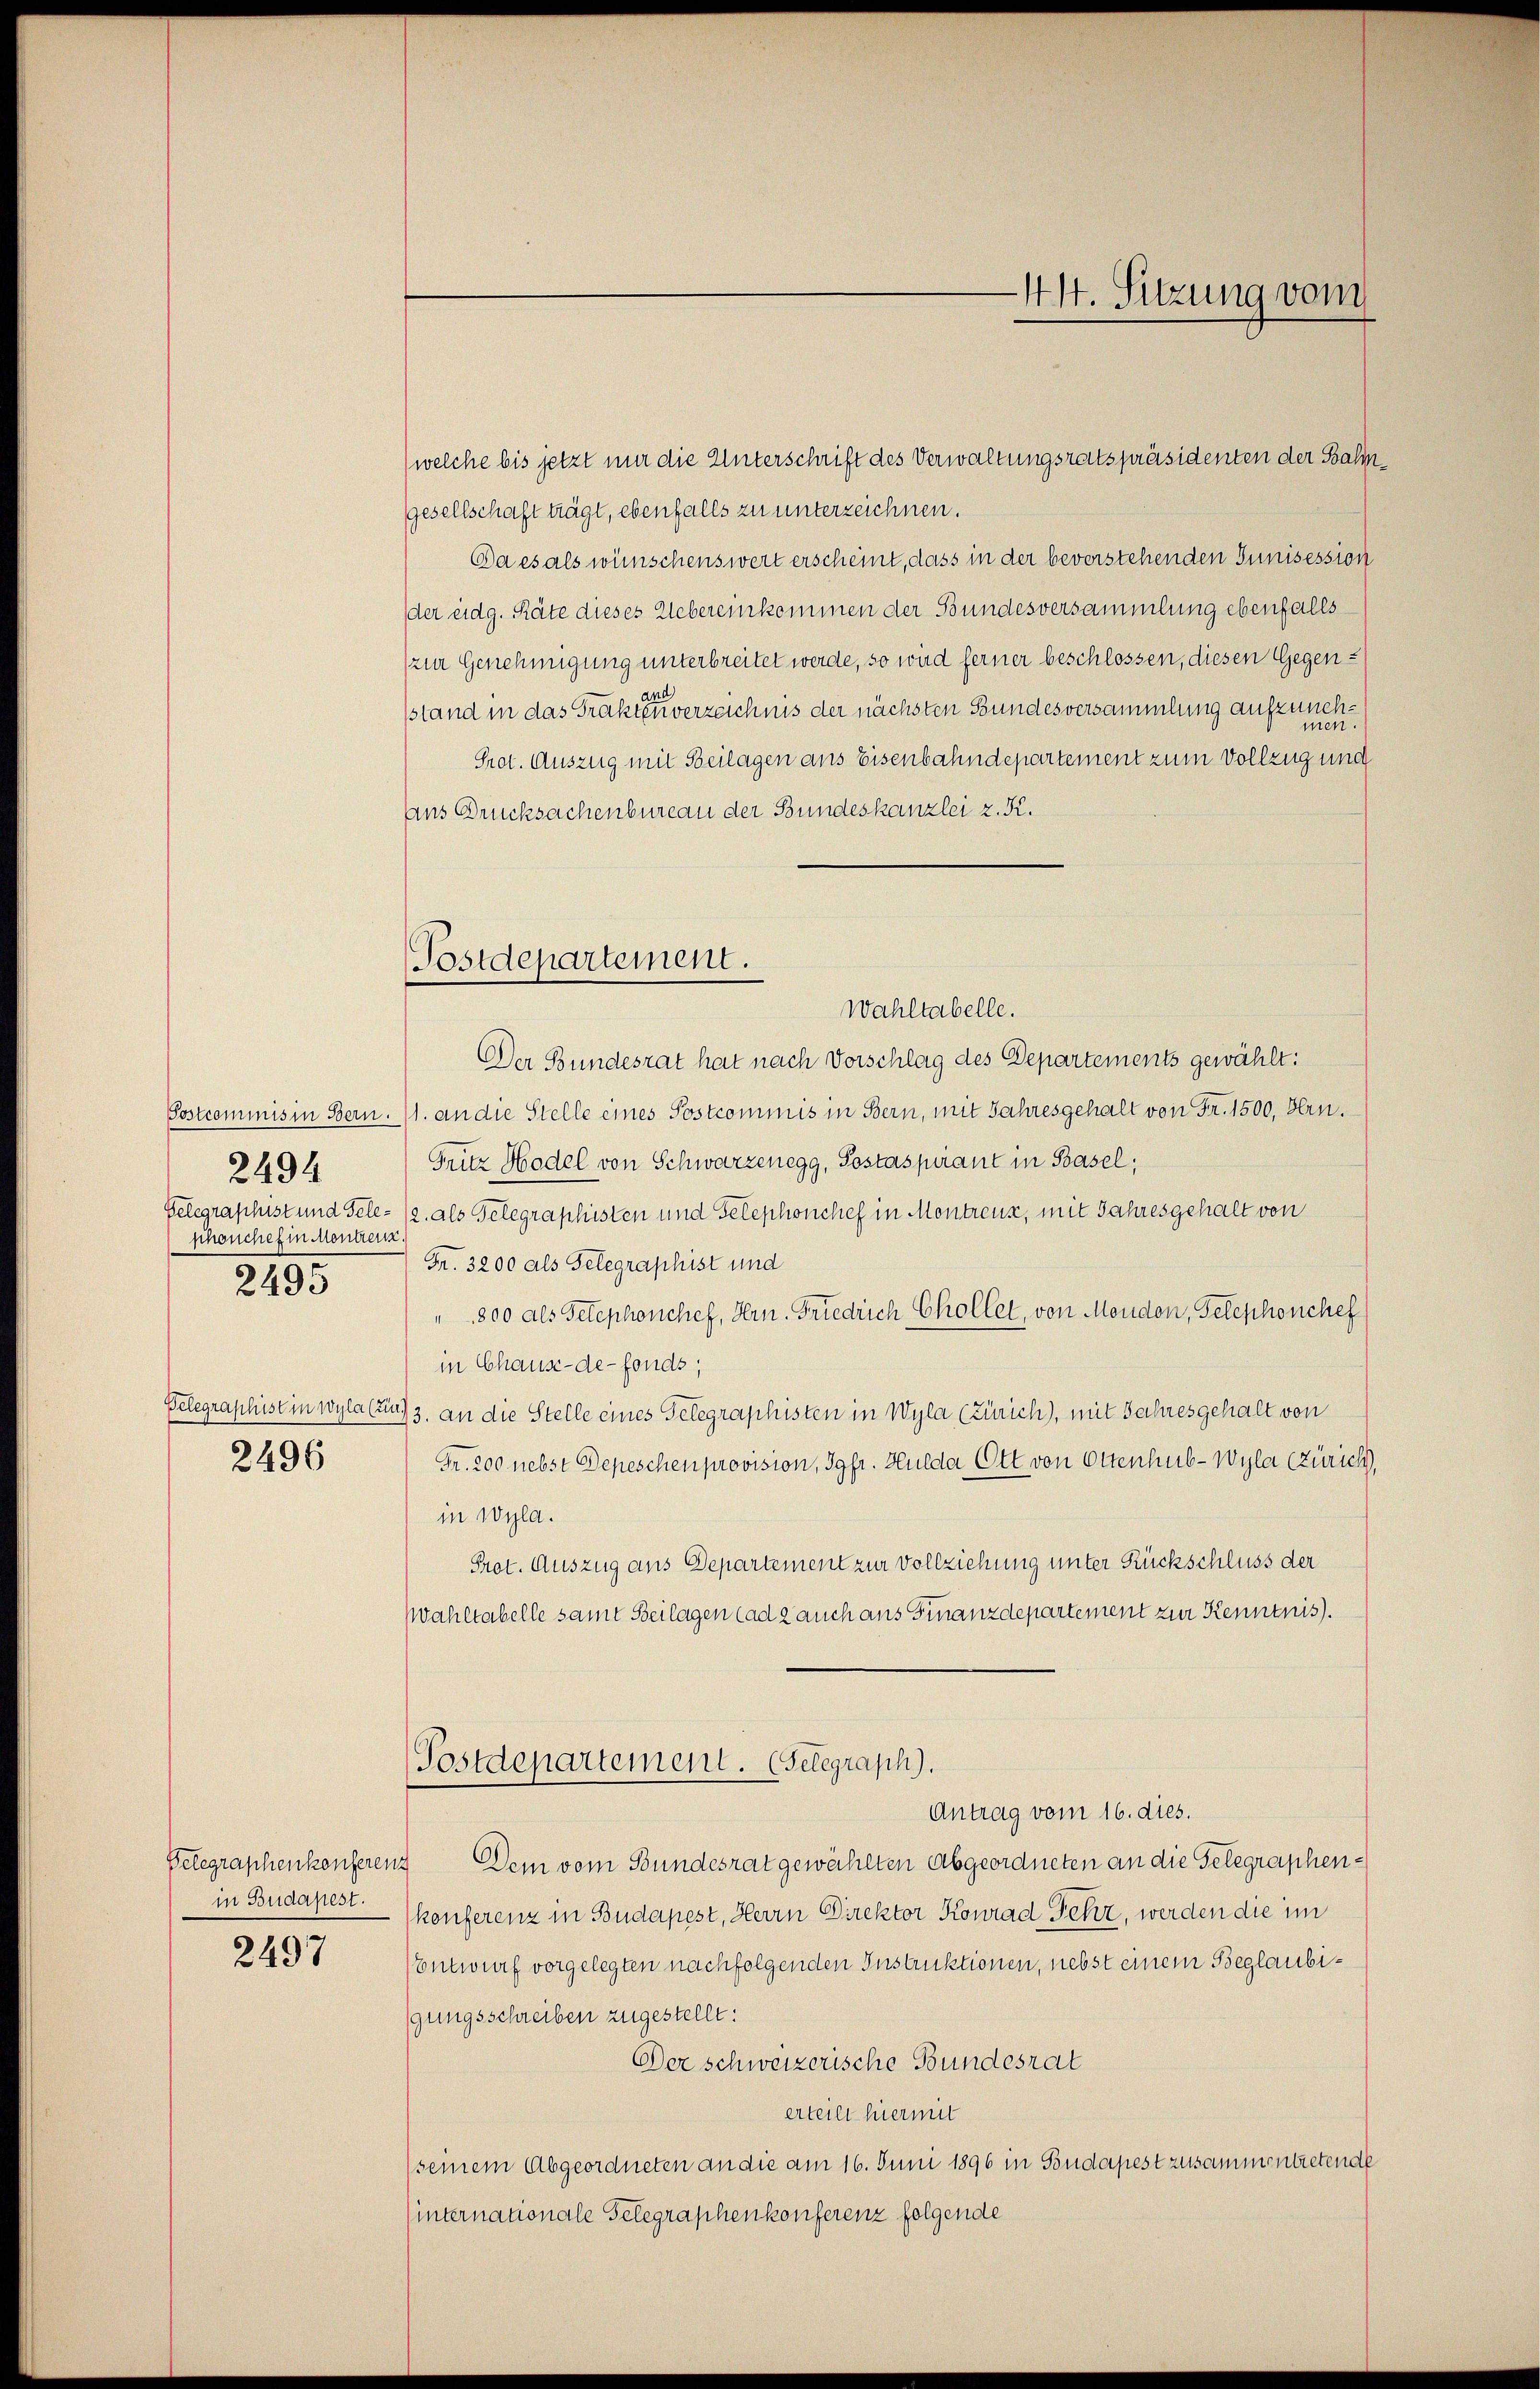
schönchef in Mondenz.
2495

2494

2496

in Budapest.

2497

Postdepartement.

(welche bis jetzt mir die Unterschrift des Verwaltungsratspräsidenten der Bahngesellschaft trägt, ebenfalls zu unterzeichnen.
Da es als wünschenswert erscheint, dass in der beverstehenden Junisession
der eidg. Räte dieses Uebereinkommen der Bundesversammlung ebenfalls
zur Genehmigung unterbreitet werde, so wird ferner beschlossen, diesen Gegen-
sstand in das Trakten verzeichnis der nächsten Bundesversammlung aufzuneh¬
Prot. Auszug mit Beilagen aus Eisenbahndepartement zum Vollzug und
ans Drucksachenbureau der Bundeskanzlei z. K.
Wahltabelle.
Der Bundesrat hat nach Vorschlag des Departements gewählt:
Postcommis in Bern. (1. an die Stelle eines Postcommis in Bern, mit Jahresgehalt von Fr. 1500, Hrn.
Fritz Hodel von Schwarzenegg, Postaspirant in Basel;
Gelegraphist und Tele- (2. als Telegraphisten und Telephonchef in Montreuz, mit Jahresgehalt von
Fr. 3200 als Gelegraphist und
" 800 als Telephonchef, Hrn. Friedrich Chollet, von Moudon, Telephonchef
in Chause-de-Fonds;
Velegraphist in Wyla (und 3. an die Stelle eines Telegraphisten in Wyla (Zürich), mit Jahresgehalt von
Fr. 200 nebst Depeschen provision, Jgfr. Hulda Ott von Ottenhub-Wyla (Zürich,
in Wyla.
Prot. Auszug aus Departement zur Vollziehung unter Rückschluss der
Wahltabelle samt Beilagen ad 2 auch aus Finanzdepartement zur Kenntnis.
Postdepartement. (Selegraph).
Antrag vom 16. dies.
Gelegraphenkonferenz Dem vom Bundesrat gewählten Abgeordneten an die Gelegraphenkonferenz in Budapest, Herrn Direktor Konrad Fehr, werden die im
(Entwurf vorgelegten nachfolgenden Instruktionen, nebst einem Beglaubigungsschreiben zugestellt:
Der schweizerische Bundesrat
erteilt hiermit
(seinem Abgeordneten an die am 16. Juni 1896 in Budapest zusammentretende
sinternationale Gelegraphenkonferenz folgende

44. Sitzung vom